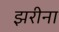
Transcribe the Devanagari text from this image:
झरीना